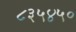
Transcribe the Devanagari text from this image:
८३५४५०